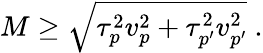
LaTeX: M\geq\sqrt{\tau_{p}^{2}v_{p}^{2}+\tau_{p^{\prime}}^{2}v_{p^{\prime}}^{2}}\ .